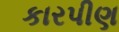
કારપીણ